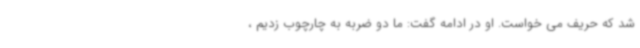
شد که حریف می خواست. او در ادامه گفت: ما دو ضربه به چارچوب زدیم ،